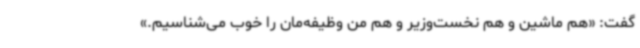
گفت: «هم ماشین و هم نخست‌وزیر و هم من وظیفه‌مان را خوب می‌شناسیم.»